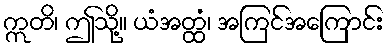
ဣတိ၊ ဤသို့။ ယံအတ္ထံ၊ အကြင်အကြောင်း